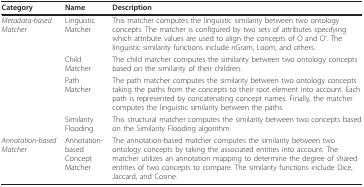
| Category | Name | Description |
 | --- | --- | --- |
 | Metadata-basedMatcher | Linguistic Matcher | This matcher computes the linguistic similarity between two ontology concepts. The matcher is configured by two sets of attributes specifying which attribute values are used to align the concepts of O and O'. The linguistic similarity functions include nGram, Loom, and others. |
 |  | ChildMatcher | The child matcher computes the similarity between two ontology concepts based on the similarity of their children. |
 |  | Path Matcher | The path matcher computes the similarity between two ontology concepts taking the paths from the concepts to their root element into account. Each path is represented by concatenating concept names. Finally, the matcher computes the linguistic similarity between the paths. |
 |  | Similarity Flooding | This structural matcher computes the similarity between two concepts based on the Similarity Flooding algorithm. |
 | Annotation-based Matcher | Annotation-basedConcept Matcher | The annotation-based matcher computes the similarity between two ontology concepts by taking the associated entities into account. The matcher utilizes an annotation mapping to determine the degree of shared entities of two concepts to compare. The similarity functions include Dice, Jaccard, and Cosine. |